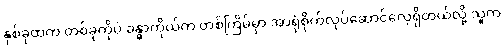
နှစ်ခုထဲက တစ်ခုကိုပဲ ခန္ဓာကိုယ်က တစ်ကြိမ်မှာ အာရုံစိုက်လုပ်ဆောင်လေ့ရှိတယ်လို့ သူက